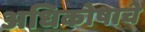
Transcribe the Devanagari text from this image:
अधिकोषाचे